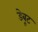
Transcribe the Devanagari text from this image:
डेबूट